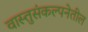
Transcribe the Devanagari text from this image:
वास्तुसंकल्पनेतील